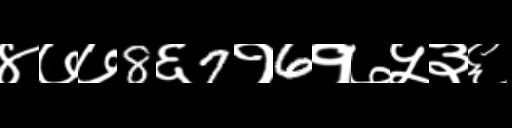
Text: ४७७8६7१6१७५३६